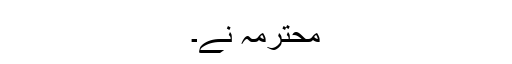
محترمہ نے۔